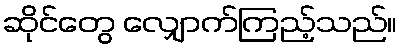
ဆိုင်တွေ လျှောက်ကြည့်သည်။